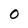
Character: 0